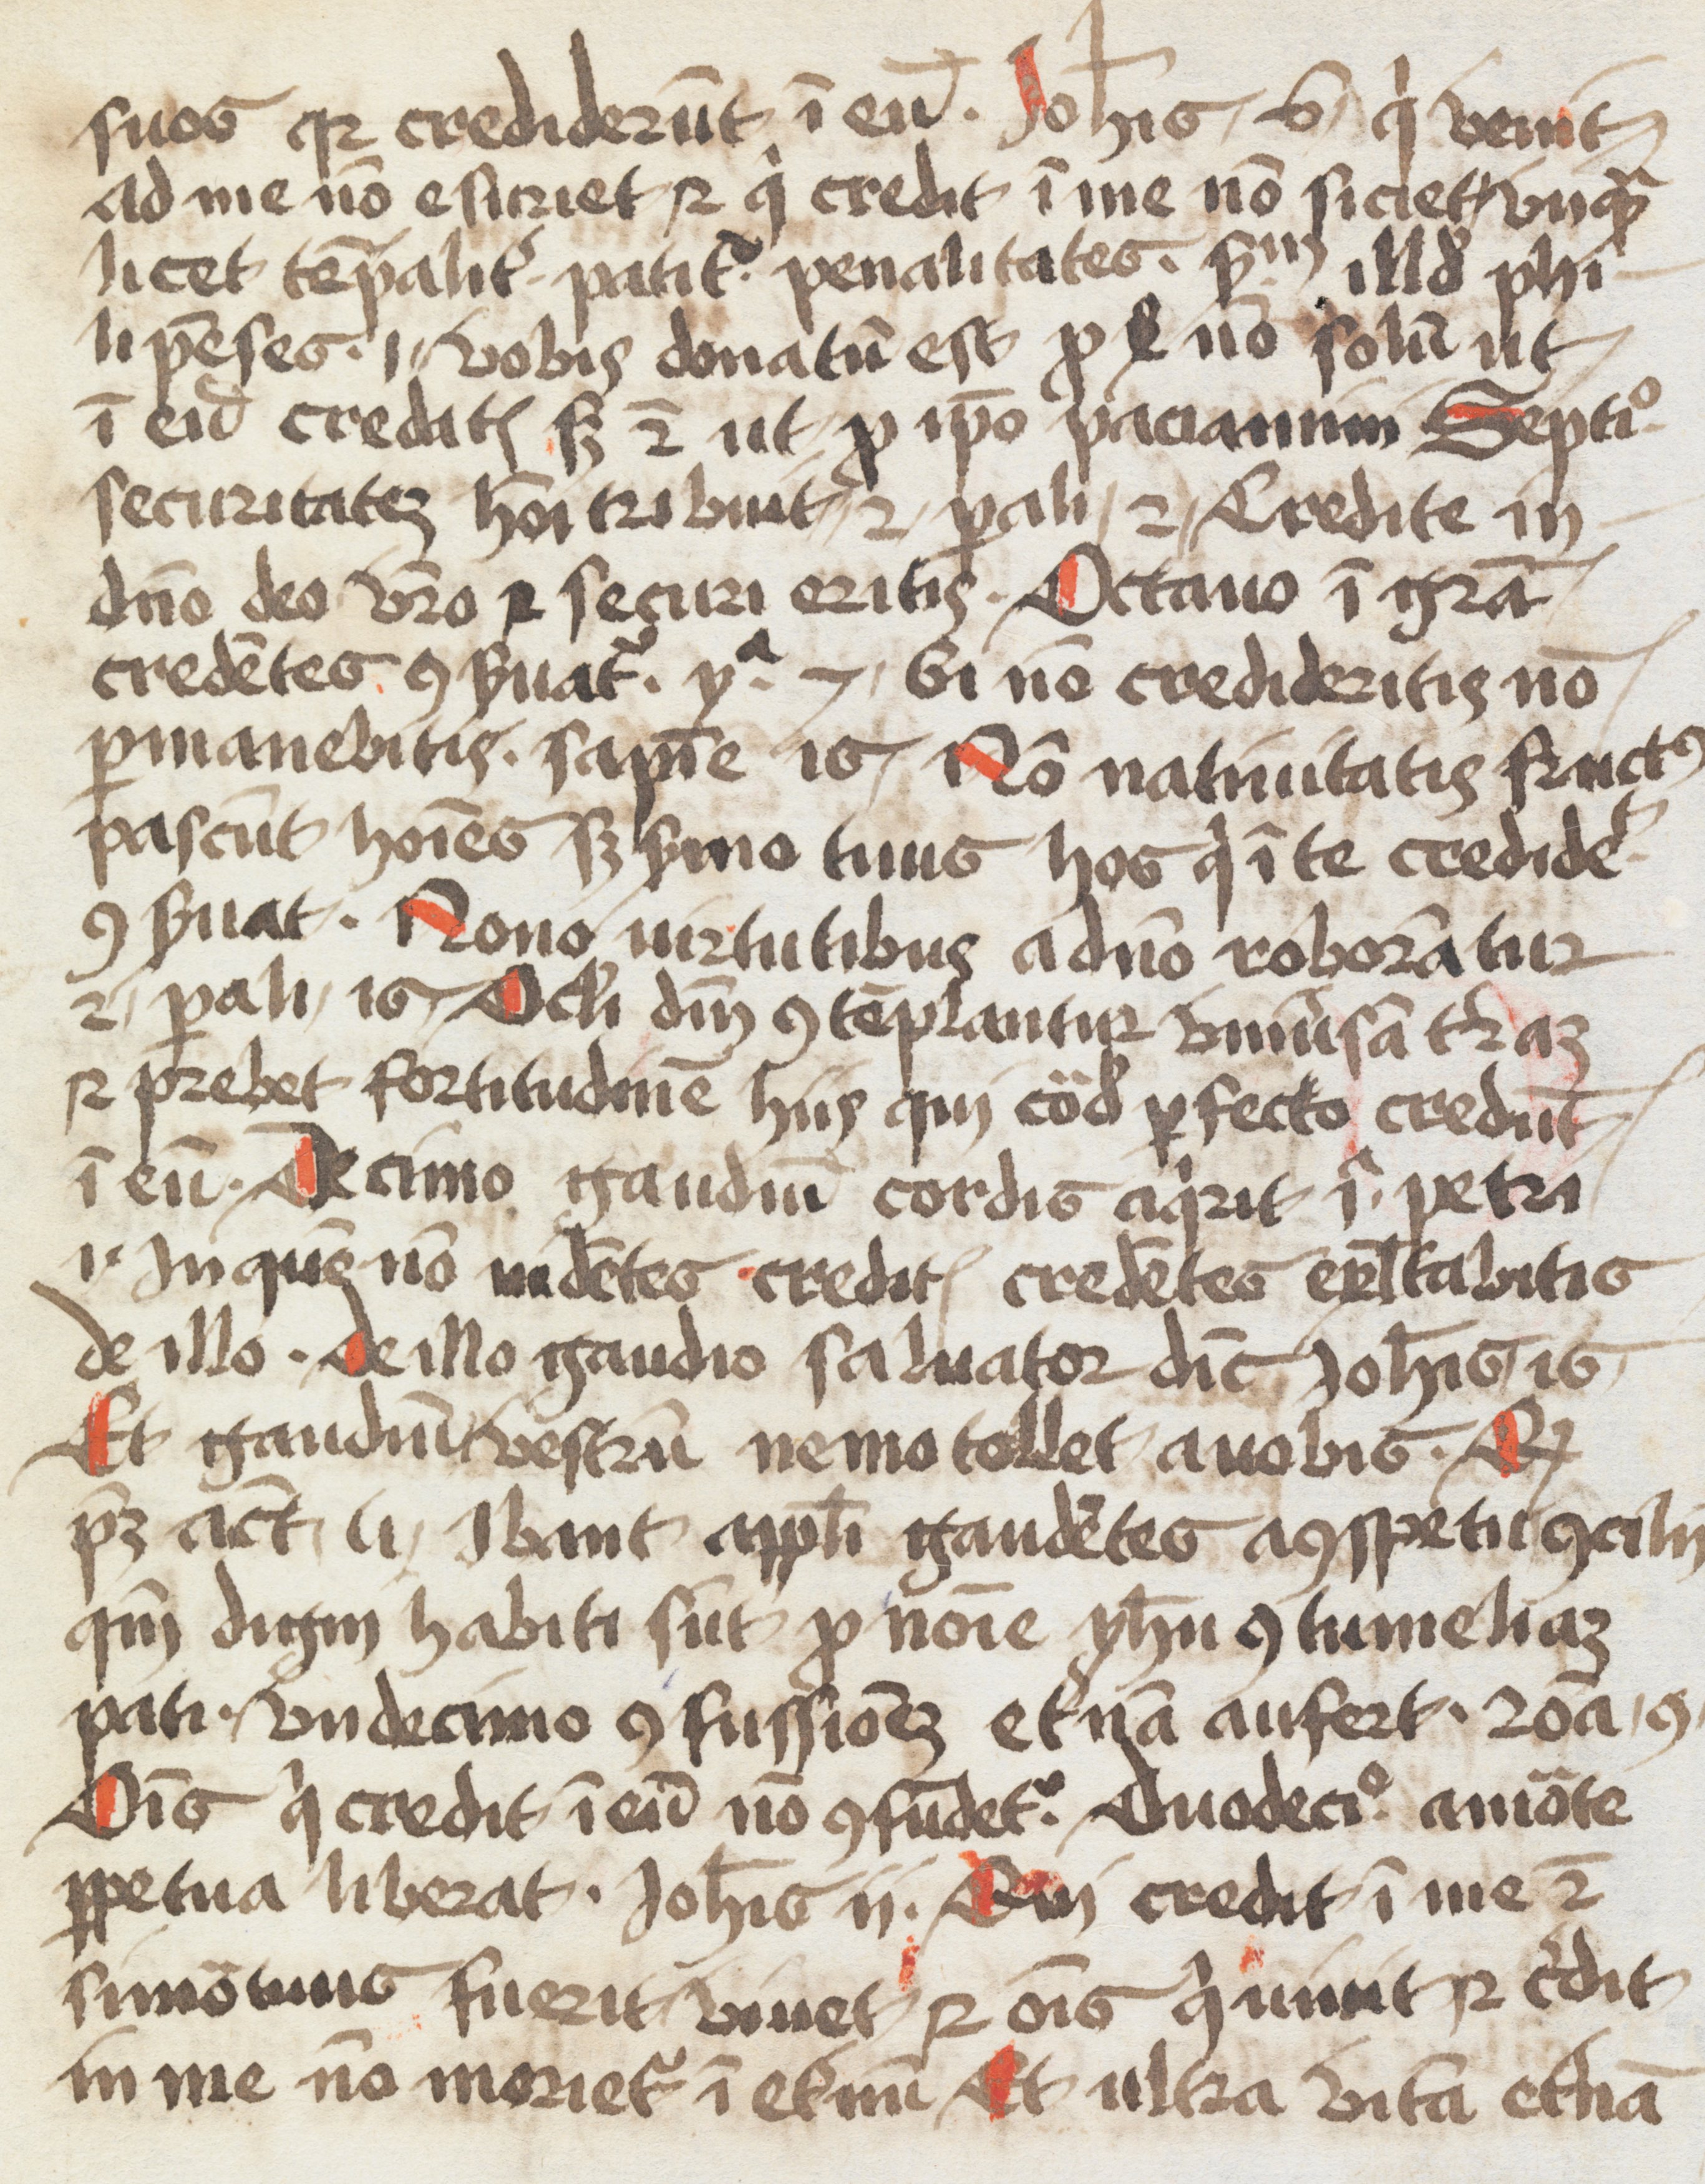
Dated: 1500–1599